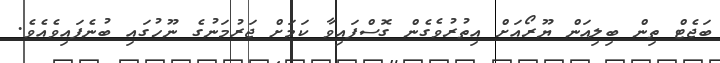
ބަޖެޓް ތިން ބިލިއަން ޔޫރޯއަށް އިތުރުވެގެން ގޮސްފައިވާ ކަމަށް ޖަރުމަނުގެ ނޫހުގައި ބުނެފައިވެއެވެ.